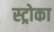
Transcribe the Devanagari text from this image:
स्ट्रोका